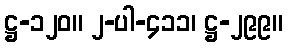
ဋ္ဌ-၁၂၀။ ၂-ပါ-၄၁၁၊ ဋ္ဌ-၂၉၉။